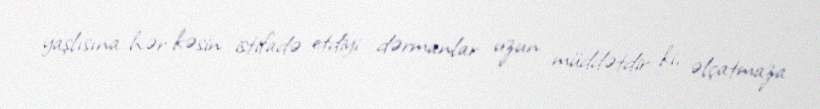
yaşlısına hər kəsin istifadə etdiyi dərmanlar uzun müddətdir ki, əlçatmaza